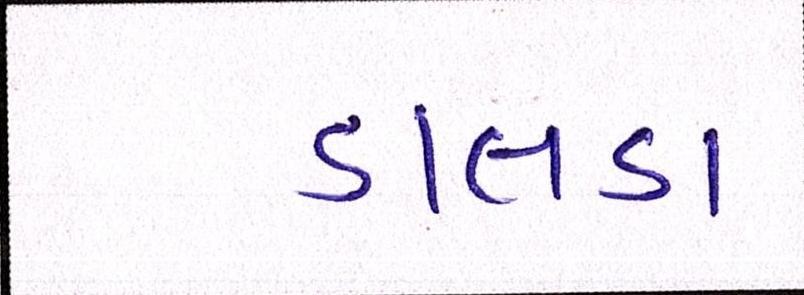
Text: ડાલડા